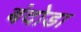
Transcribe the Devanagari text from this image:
बंदोडा